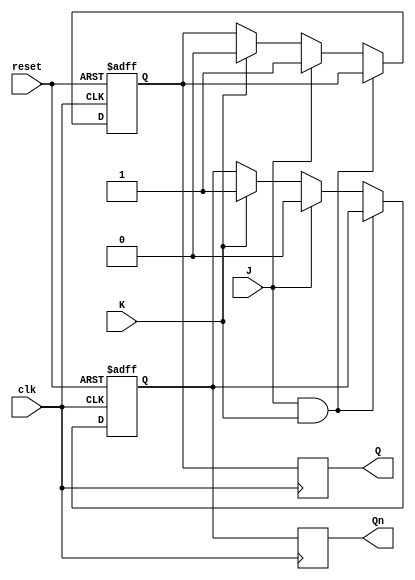
module jk_flip_flop (
    input J, // J input
    input K, // K input
    input clk, // Clock input
    input reset, // Reset input
    output reg Q, // Q output
    output reg Qn // Qn output
);

reg master_Q, master_Qn;

always @(posedge clk or posedge reset) begin
    if (reset) begin
        master_Q <= 1'b0;
        master_Qn <= 1'b1;
    end else begin
        if (J & K) begin
            master_Q <= master_Q;
            master_Qn <= master_Qn;
        end else if (J) begin
            master_Q <= 1'b1;
            master_Qn <= 1'b0;
        end else if (K) begin
            master_Q <= 1'b0;
            master_Qn <= 1'b1;
        end
    end
end

always @(posedge clk) begin
    Q <= master_Q;
    Qn <= master_Qn;
end

endmodule